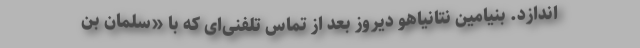
اندازد. بنیامین نتانیاهو دیروز بعد از تماس تلفنی‌ای که با «سلمان بن